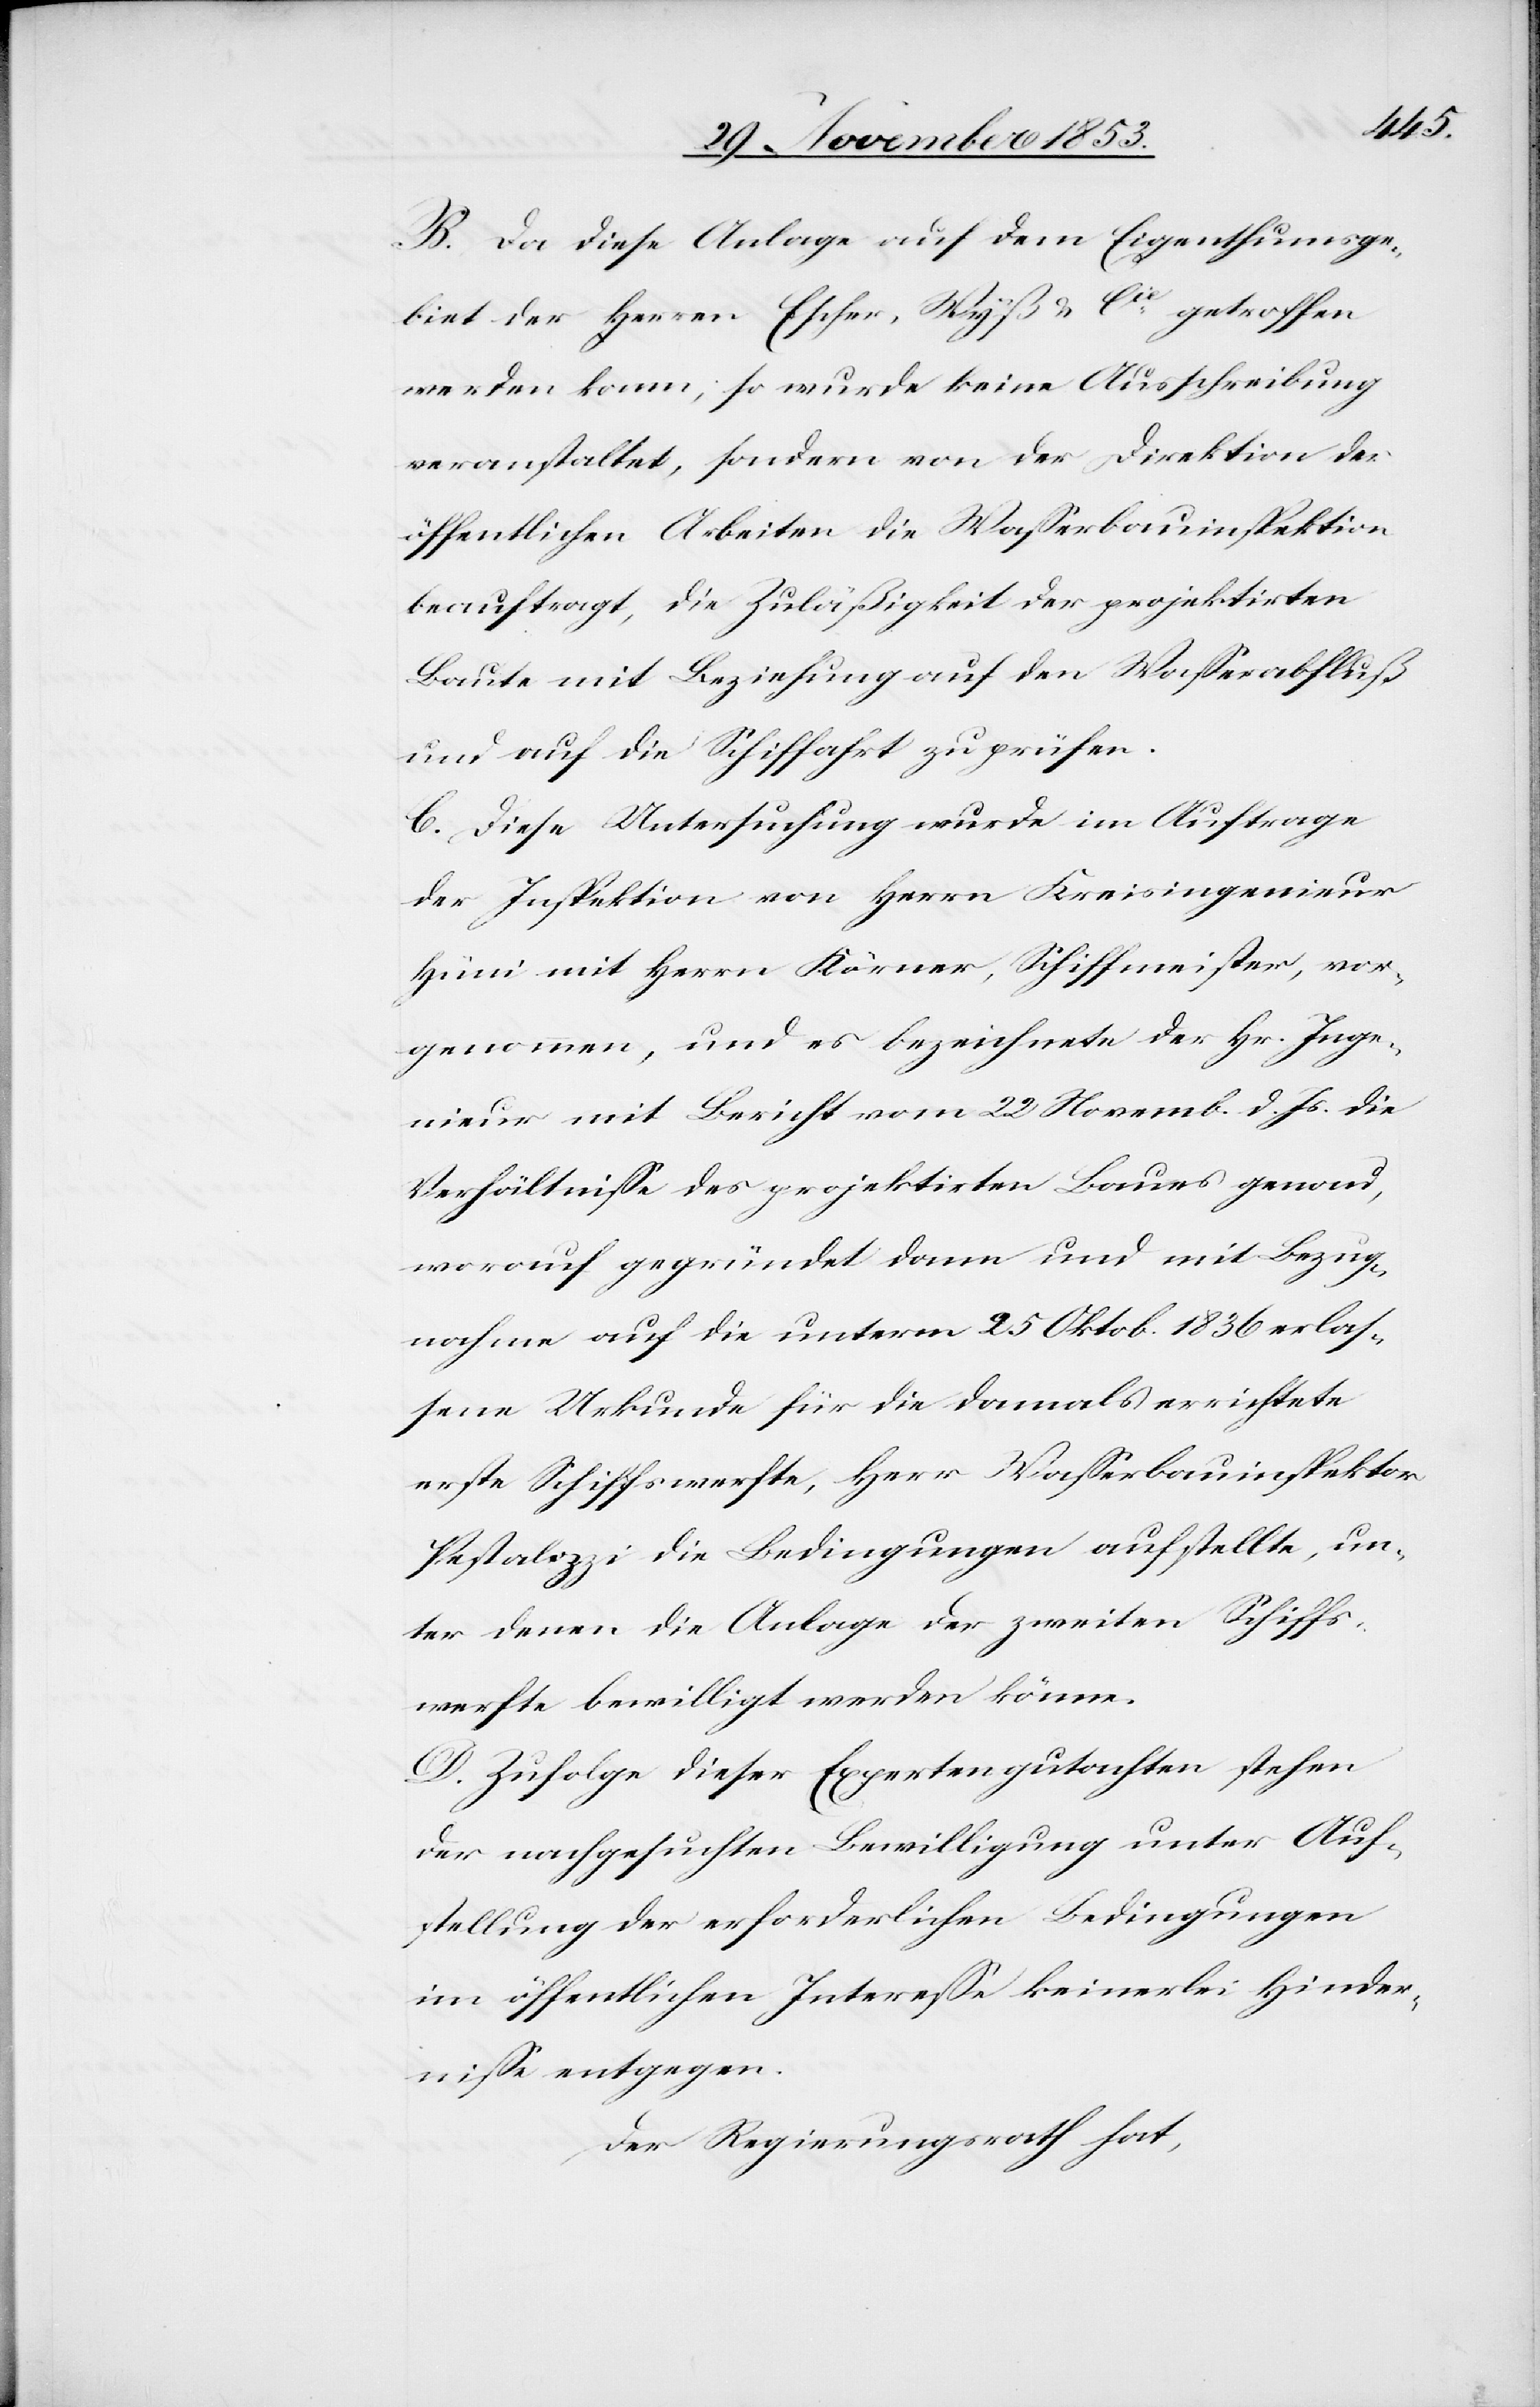
B. Da diese Anlage auf dem Eigenthumsge¬
biet der Herren Escher, Wyß u. Cie getroffen
werden kann; so wurde keine Ausschreibung
veranstaltet, sondern von der Direktion der
öffentlichen Arbeiten die Waßerbauinspektion
beauftragt, die Zuläßigkeit der projektirten
Baute mit Beziehung auf den Waßerabfluß
und auf die Schiffahrt [sic!] zu prüfen.
C. Diese Untersuchung wurde im Auftrage
der Inspektion von Herrn Kreisingenieur
Hüni mit Herrn Körner, Schiffmeister, vor¬
genommen, und es bezeichnete der Hr. Inge¬
nieur mit Bericht vom 22 Novemb. d. Js. die
Verhältniße des projektirten Baues genau,
worauf gegründet dann und mit Bezug¬
nahme auf die unterm 25 Oktob. 1836 erlas¬
sene Urkunde für die damals errichtete
erste Schiffswerfte, Herr Waßerbauinspektor
Pestalozzi die Bedingungen aufstellte, un¬
ter denen die Anlage der zweiten Schiffs¬
werfte bewilligt werden könne.
D. Zufolge dieser Expertengutachten stehen
der nachgesuchten Bewilligung unter Auf¬
stellung der erforderlichen Bedingungen
im öffentlichen Intereße keinerlei Hinder¬
niße entgegen.
Der Regierungsrath hat,